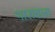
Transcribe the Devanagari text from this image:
भारावला